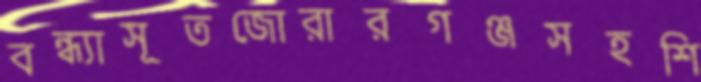
বন্ধ্যাসূতজোরারগঞ্জসহশি